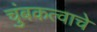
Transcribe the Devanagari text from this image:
चुंबकत्वाचे